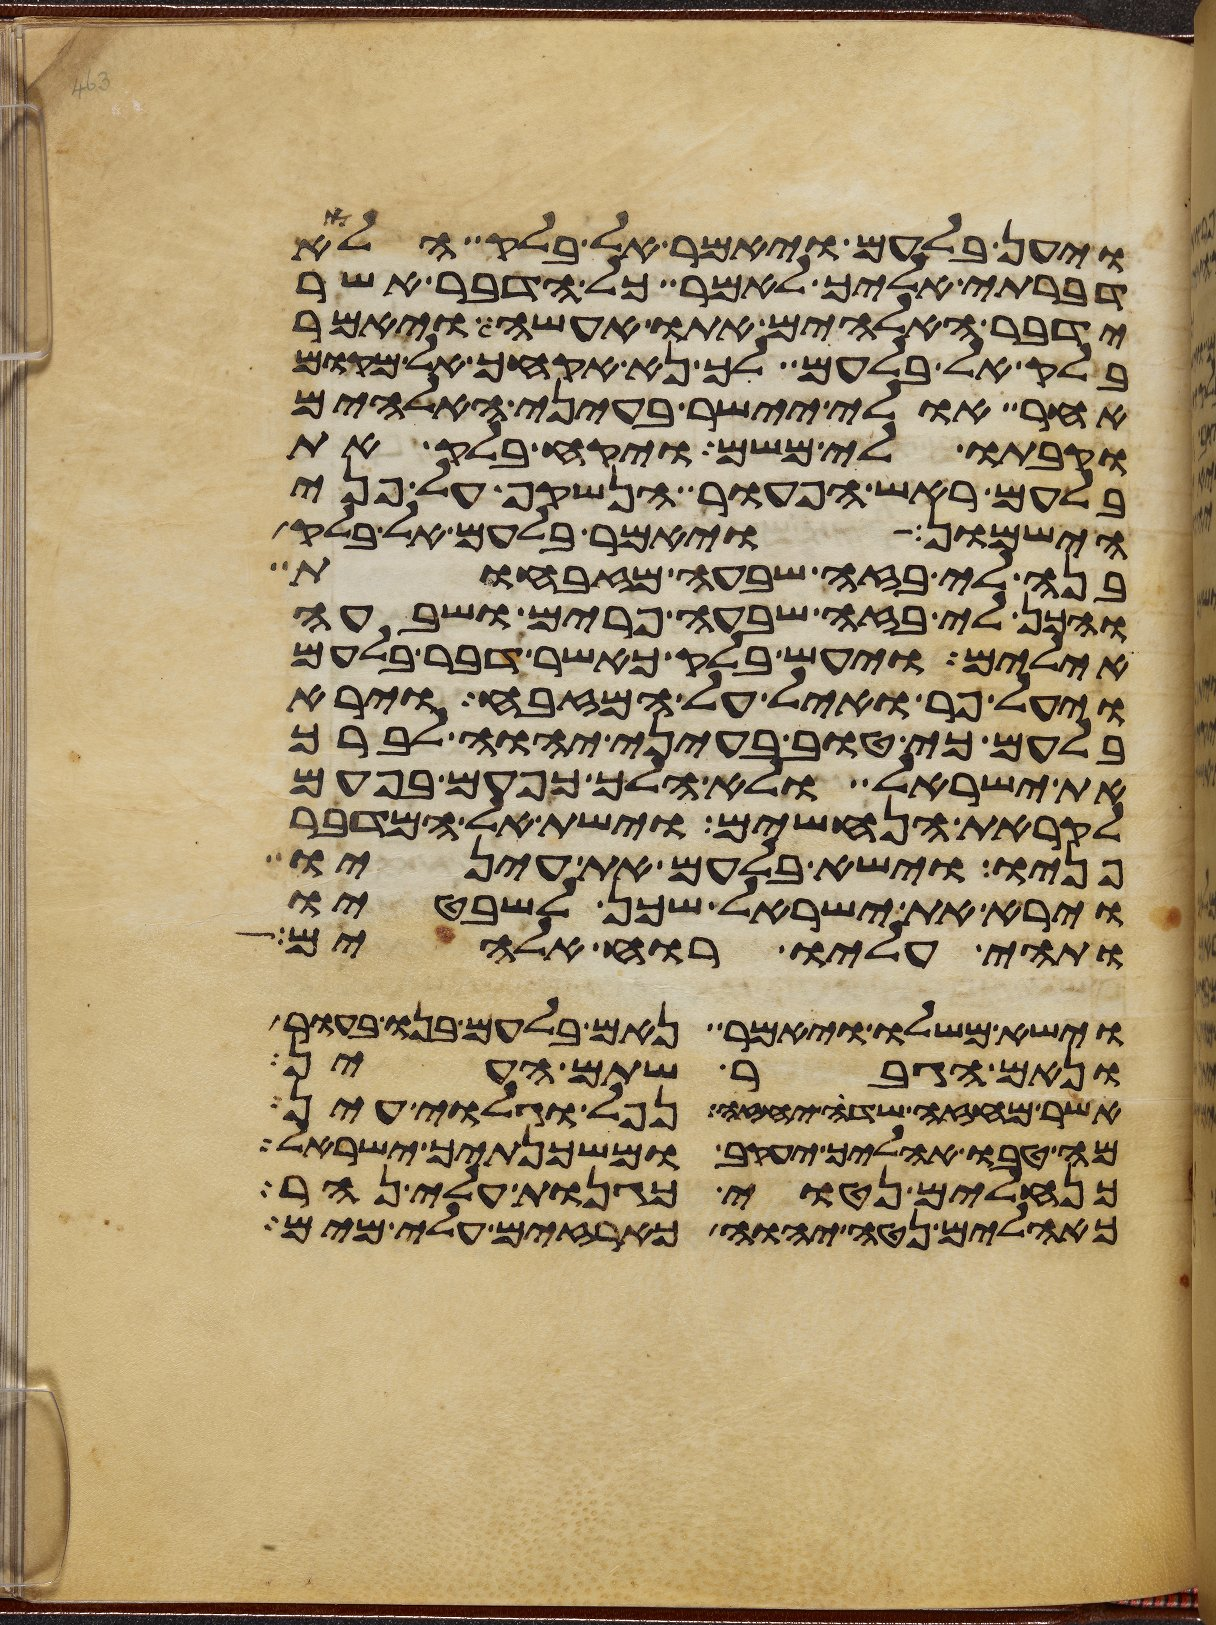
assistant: ויען בלעם ויאמר אל בלק הלוא
דברתי אליך לאמר כל הדבר אשר
ידבר האלהים אתו אעשה ויאמר
בלק אל בלעם לך נא אקחך אל מקום
אחר אולי יישר בעיני האלהים
וקבתו לי משם ויקח בלק את
בלעם ראש הפעור הנשקף על פני
הישמון ויאמר בלעם אל בלק
בנה לי בזה שבעה מזבחות
והכן לי בזה שבעה פרים ושבעה
אילים ויעש בלק כאשר דבר בלעם
ויעל פר ואיל על המזבח וירא
בלעם כי טוב בעיני יהוה לברך
את ישראל ולא הלך כפעם בפעם
לקראת הנחשים וישת אל המדבר
פניו וישא בלעם את עיניו
וירא את ישראל שכן לשבטיו
ותהי עליו רוח אלהים
וישא משלו ויאמר נאם בלעם בנו בעור
ונאם הגבר שתם העין
אשר מחזה שדה יחזה נפל וגלוי עין
מה טבו אהליך יעקב ומשכנתיך ישראל
כנחלים נטוי כגנות עלי נהר
כאהלים נטה יהוה כארזים עלי מים